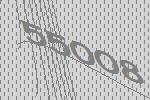
55008